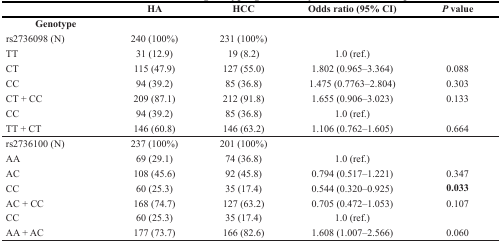
<table><thead><tr><td></td><td><b>HA</b></td><td><b>HCC</b></td><td><b>Odds ratio (95% CI)</b></td><td><b><i>P</i> value</b></td></tr></thead><tbody><tr><td><b>Genotype</b></td><td></td><td></td><td></td><td></td></tr><tr><td>rs2736098 (N)</td><td>240 (100%)</td><td>231 (100%)</td><td></td><td></td></tr><tr><td>TT</td><td>31 (12.9)</td><td>19 (8.2)</td><td>1.0 (ref.)</td><td></td></tr><tr><td>CT</td><td>115 (47.9)</td><td>127 (55.0)</td><td>1.802 (0.965–3.364)</td><td>0.088</td></tr><tr><td>CC</td><td>94 (39.2)</td><td>85 (36.8)</td><td>1.475 (0.7763–2.804)</td><td>0.303</td></tr><tr><td>CT + CC</td><td>209 (87.1)</td><td>212 (91.8)</td><td>1.655 (0.906–3.023)</td><td>0.133</td></tr><tr><td>CC</td><td>94 (39.2)</td><td>85 (36.8)</td><td>1.0 (ref.)</td><td></td></tr><tr><td>TT + CT</td><td>146 (60.8)</td><td>146 (63.2)</td><td>1.106 (0.762–1.605)</td><td>0.664</td></tr><tr><td>rs2736100 (N)</td><td>237 (100%)</td><td>201 (100%)</td><td></td><td></td></tr><tr><td>AA</td><td>69 (29.1)</td><td>74 (36.8)</td><td>1.0 (ref.)</td><td></td></tr><tr><td>AC</td><td>108 (45.6)</td><td>92 (45.8)</td><td>0.794 (0.517–1.221)</td><td>0.347</td></tr><tr><td>CC</td><td>60 (25.3)</td><td>35 (17.4)</td><td>0.544 (0.320–0.925)</td><td><b>0.033</b></td></tr><tr><td>AC + CC</td><td>168 (74.7)</td><td>127 (63.2)</td><td>0.705 (0.472–1.053)</td><td>0.107</td></tr><tr><td>CC</td><td>60 (25.3)</td><td>35 (17.4)</td><td>1.0 (ref.)</td><td></td></tr><tr><td>AA + AC</td><td>177 (73.7)</td><td>166 (82.6)</td><td>1.608 (1.007–2.566)</td><td>0.060</td></tr></tbody></table>